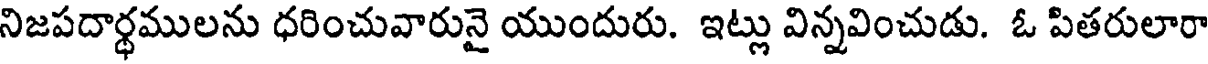
నిజపదార్ధములను ధరించువారునై యుందురు. ఇట్లు విన్నవించుడు. ఓ పితరులారా